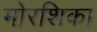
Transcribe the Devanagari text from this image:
मोरशिका